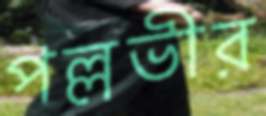
পল্লভীর